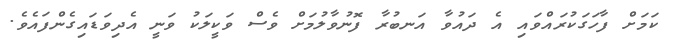
ކަމަށް ފާހަގަކުރައްވައި އެ ދައުވާ އަނބުރާ ފޮނުވާލުމަށް ވެސް ވަކީލަކު ވަނީ އެދިވަޑައިގެންފައެވެ.